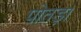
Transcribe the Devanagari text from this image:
पोतड़ा